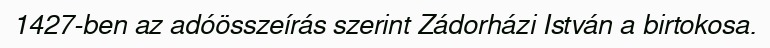
1427-ben az adóösszeírás szerint Zádorházi István a birtokosa.